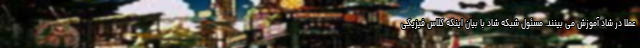
عملا در شاد آموزش می بینند. مسئول شبکه شاد با بیان اینکه کلاس فیزیکی